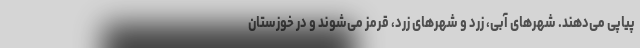
پیاپی می‌دهند. شهرهای آبی، زرد و شهرهای زرد، قرمز می‌شوند و در خوزستان